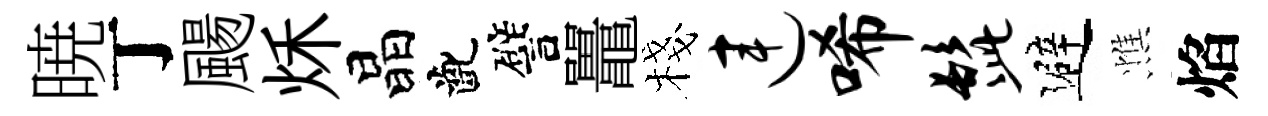
暁丁颺秌晶齔譬鼉棧连唏髭避憔焰